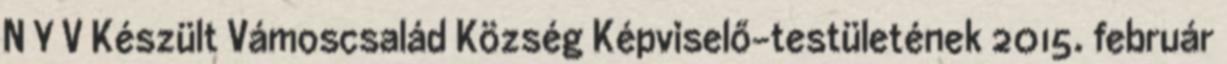
N Y V Készült Vámoscsalád Község Képviselő-testületének 2015. február